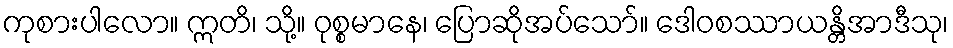
ကုစားပါလော။ ဣတိ၊ သို့။ ဝုစ္စမာနေ၊ ပြောဆိုအပ်သော်။ ဒေါဝစဿာယန္တိအာဒီသု၊